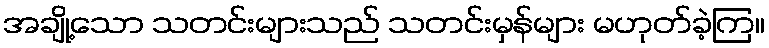
အချို့သော သတင်းများသည် သတင်းမှန်များ မဟုတ်ခဲ့ကြ။